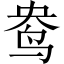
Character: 鸯